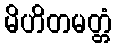
မိဟိတမတ္တံ